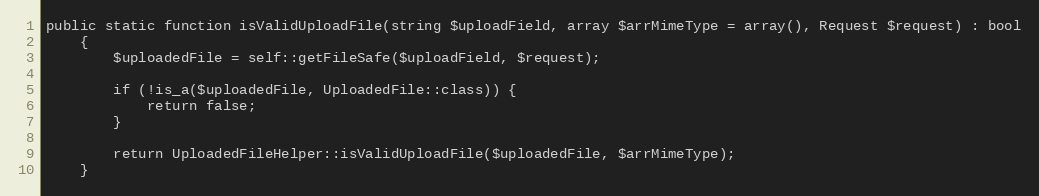
Language: PHP
public static function isValidUploadFile(string $uploadField, array $arrMimeType = array(), Request $request) : bool
    {
        $uploadedFile = self::getFileSafe($uploadField, $request);

        if (!is_a($uploadedFile, UploadedFile::class)) {
            return false;
        }

        return UploadedFileHelper::isValidUploadFile($uploadedFile, $arrMimeType);
    }